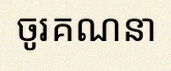
ចូរគណនា